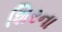
શિરના